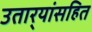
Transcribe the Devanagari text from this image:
उतार्‍यांसहित